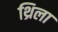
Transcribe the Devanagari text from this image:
थ्रिला